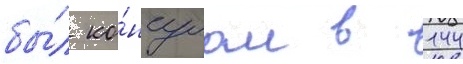
бы́л ко́нсулом в 144